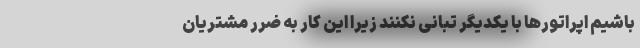
باشیم اپراتورها با یکدیگر تبانی نکنند زیرا این کار به ضرر مشتریان